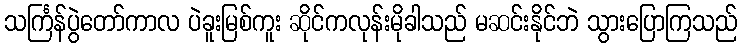
သင်္ကြန်ပွဲတော်ကာလ ပဲခူးမြစ်ကူး ဆိုင်ကလုန်းမိုခါသည် မဆင်းနိုင်ဘဲ သွားပြောကြသည်